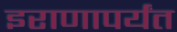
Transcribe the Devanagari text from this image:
इराणापर्यंत